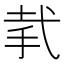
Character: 𢎇